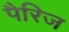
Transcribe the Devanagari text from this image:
पैरिज